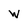
Character: w